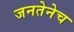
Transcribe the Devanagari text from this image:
जनतेनेच